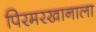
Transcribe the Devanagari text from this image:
पिरमरखानाला